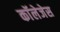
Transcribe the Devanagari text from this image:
काॅलेजेस